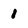
Character: 1